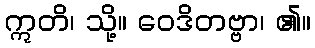
ဣတိ၊ သို့။ ဝေဒိတဗ္ဗာ၊ ၏။